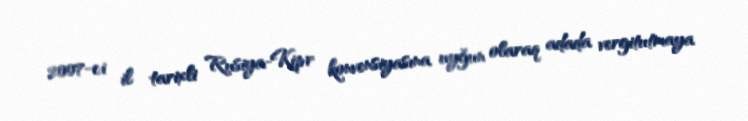
2007-ci il tarixli Rusiya-Kipr konvensiyasına uyğun olaraq adada vergitutmaya